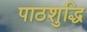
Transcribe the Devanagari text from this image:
पाठशुद्धि